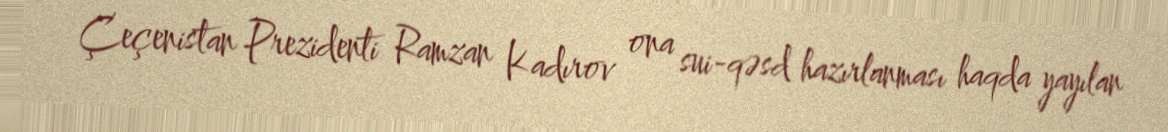
Çeçenistan Prezidenti Ramzan Kadırov ona sui-qəsd hazırlanması haqda yayılan